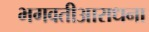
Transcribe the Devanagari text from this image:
भगवतीआराधना